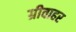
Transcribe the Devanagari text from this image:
ग्रीवाहर